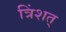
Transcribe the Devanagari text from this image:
त्रिंशत्